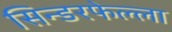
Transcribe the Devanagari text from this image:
सिन्डरफेल्ला